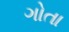
ગોતા